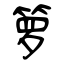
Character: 箩